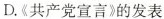
D.《共产党宣言》的发表